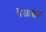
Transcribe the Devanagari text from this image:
बेंजाइन